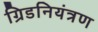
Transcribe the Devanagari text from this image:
ग्रिडनियंत्रण